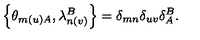
\left\{ \theta _ { m ( u ) A } , \lambda _ { n ( v ) } ^ { B } \right\} = \delta _ { m n } \delta _ { u v } \delta _ { A } ^ { B } .